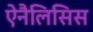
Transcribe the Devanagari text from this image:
ऐनैलिसिस